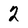
Character: 2